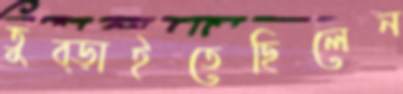
তুব্‌ড়াইতেছিলেন